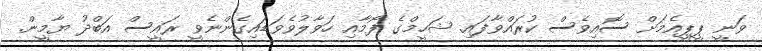
ވަނީ ޕީޕީއެމަށް ސޮއިވެސް ކުރައްވާފައި. ޝަހީމްގެ ފޯމާއި ހަވާލުވެވަޑައިގެންނެވީ ރައީސް އަބްދު ޔާމީން.